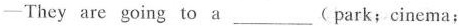
—They are going to a___( park; cinema;